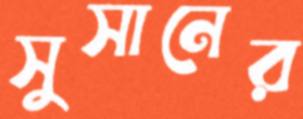
সুসানের